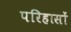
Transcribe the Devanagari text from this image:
परिहासों